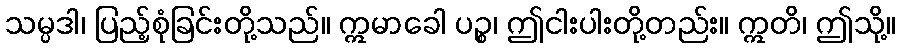
သမ္ပဒါ၊ ပြည့်စုံခြင်းတို့သည်။ ဣမာခေါ ပဉ္စ၊ ဤငါးပါးတို့တည်း။ ဣတိ၊ ဤသို့။